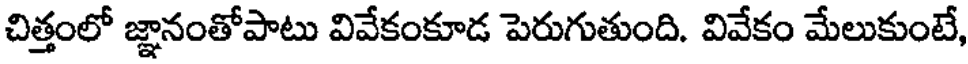
చిత్తంలో జ్ఞానంతోపాటు వివేకంకూడ పెరుగుతుంది. వివేకం మేలుకుంటే,